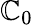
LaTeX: \mathbb{C}_{0}